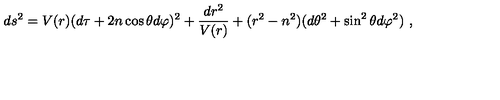
d s ^ { 2 } = V ( r ) ( d \tau + 2 n \cos \theta d \varphi ) ^ { 2 } + { \frac { d r ^ { 2 } } { V ( r ) } } + ( r ^ { 2 } - n ^ { 2 } ) ( d \theta ^ { 2 } + \sin ^ { 2 } \theta d \varphi ^ { 2 } ) \ ,